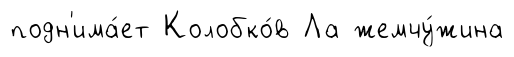
подн'има́ет Колобко́в Ла жемчу́жина